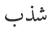
شذب